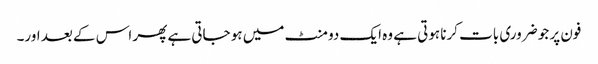
فون پر جو ضروری بات کرنا ہوتی ہے وہ ایک دو منٹ میں ہو جاتی ہے پھر اس کے بعد اور۔